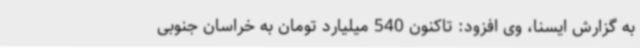
به گزارش ایسنا، وی افزود: تاکنون 540 میلیارد تومان به خراسان جنوبی